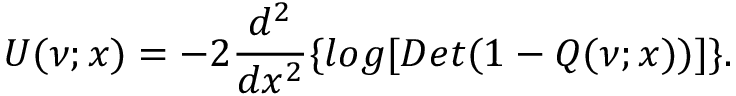
U ( \nu ; x ) = - 2 \frac { d ^ { 2 } } { d x ^ { 2 } } \{ l o g [ D e t ( 1 - Q ( \nu ; x ) ) ] \} .